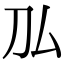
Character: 𠚦